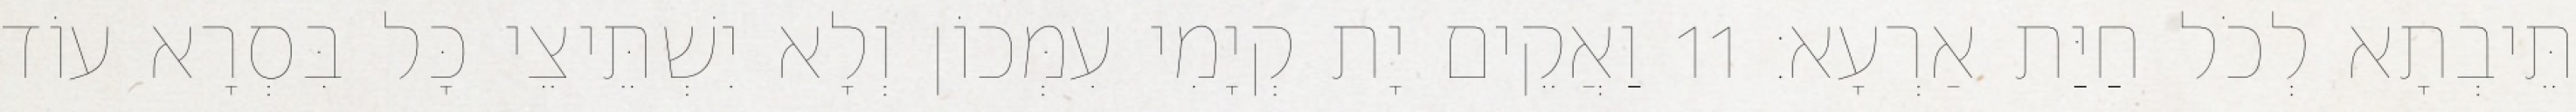
תֵּיבְתָא לְכֹל חַיַּת אַרְעָא׃ 11 וַאֲקֵים יָת קְיָמִי עִמְּכוֹן וְלָא יִשְׁתֵּיצֵי כָּל בִּסְרָא עוֹד